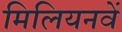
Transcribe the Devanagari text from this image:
मिलियनवें